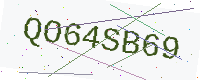
Text: QO64SB69